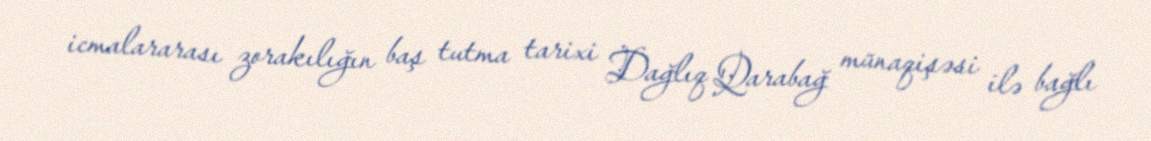
icmalararası zorakılığın baş tutma tarixi Dağlıq Qarabağ münaqişəsi ilə bağlı